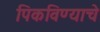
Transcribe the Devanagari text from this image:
पिकविण्याचे